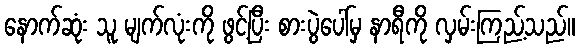
နောက်ဆုံး သူ မျက်လုံးကို ဖွင့်ပြီး စားပွဲပေါ်မှ နာရီကို လှမ်းကြည့်သည်။